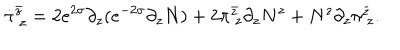
LaTeX: \dot { \pi } _ { ~ z } ^ { \bar { z } } = 2 e ^ { 2 \sigma } \partial _ { z } ( e ^ { - 2 \sigma } \partial _ { z } N ) + 2 \pi _ { ~ z } ^ { \bar { z } } \partial _ { z } N ^ { z } + N ^ { z } \partial _ { z } \pi _ { ~ z } ^ { \bar { z } } .